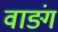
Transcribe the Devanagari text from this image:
वाङ्गं